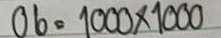
06 = 1000 x 1000